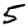
Digit: 5